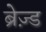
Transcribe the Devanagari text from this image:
ब्रेज़्ड